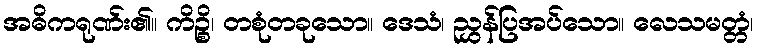
အဓိကရုဏ်း၏။ ကိဉ္စိ၊ တစုံတခုသော။ ဒေသံ၊ ညွှန်ပြအပ်သော။ လေသမတ္တံ၊